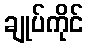
ချုပ်ကိုင်